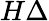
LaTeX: H\Delta